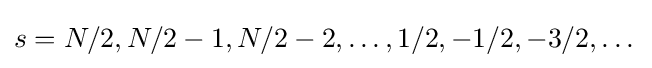
s=N/2,N/2-1,N/2-2,\dots ,1/2,-1/2,-3/2,\dots